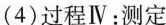
(4)过程Ⅳ：测定